Annual report of the Civil Veterinary Department, Bengal, for the year 1897-98 - 1897-1898
Year: 1897
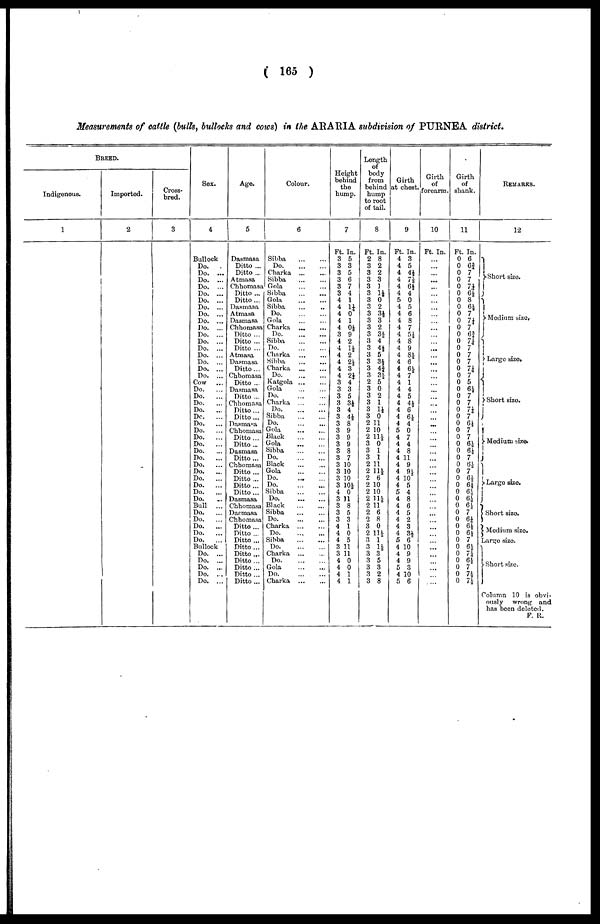
( 165 )
Measurements of cattle (bulls, bullocks and cows) in the ARARIA subdivision of PURNEA district.
BREED.
Indigenous.
1
Imported.
2
Cross-
bred.
3
Sex.
4
Bullock
Do. ...
Do. ...
Do. ...
Do. ...
Do. ...
Do. ...
Do. ...
Do. ...
Do. ...
Do. ...
Do. ...
Do. ...
Do. ...
Do. ...
Do. ...
Do. ...
Do. ...
Cow
Do.
...
Do.
...
Do.
Do.
...
Do.
...
Do.
...
Do.
...
Do.
...
Do.
...
Do.
Do.
...
Do.
...
Do.
...
Do.
...
Do.
...
Do.
...
Do.
..
Bull
...
Do.
...
Do.
...
Do.
...
Do.
...
Do.
...
Bullock
Do. ...
Do. ...
Do. ...
Do. ...
Do. ...
Ago.
5
Dasmasa
Ditto ...
Ditto ...
Atmasa
Chhomasa
Ditto ...
Ditto ...
Dasmasa
Atmasa
Dasmasa
Chhomasa
Ditto ...
Ditto ...
Ditto ...
Atmasa
Dasmasa
Ditto...
Chhomasa
Ditto ...
Dasmasa
Ditto ...
Chhomasa
Ditto...
Ditto ...
Dasmasa
Chhomasa
Ditto ...
Ditto ...
Dasmasa
Ditto ...
Chhomasa
Ditto ...
Ditto ...
Ditto ...
Ditto ...
Dasmasa
Chhomasa
Dasmasa
Chhomasa
Ditto ...
Ditto ...
Ditto ...
Ditto ...
Ditto ...
Ditto...
Ditto ...
Ditto ...
Ditto ...
Colour.
6
Sibba
...
...
Do.
...
...
Charka
...
...
Sibba
...
...
Gola
...
...
Sibba
Gola
...
...
Sibba
...
...
Do. ... ....
Gola
...
...
Charka
...
....
Do. ... ...
Sibba
Do
Charka ... ...
Sibba
Charka ... ...
Do.
Katgola
...
...
Gola
...
...
Do.
Charka
Do.
...
...
Sibba
Do.
Gola
...
...
Black
...
...
Cola
Sibba
Do
Black
Gola
...
...
Do.
Do
Sibba
Do
Black
Sibba
Do
Charka
Do
Sibba
Do
Charka ...
Do
Gola
...
...
Do
Charka
Height
behind
the
hump.
7
Ft. In.
3 5
3 3
3 5
3 6
3 7
3 4
4 1
4 1¼
4 0
4 1
4 0¼
3 9
4 2
4 1½
4 2
4 2½
4 3
4 2¼
3 4
3 3
3 5
3 3½
3 4
3
4½
3 8 I
3 9
3 9
3 9 |
3 8
3 7
3 10
3 10
3 10
3 10½
4 0
3 11
3 8
3 5
3 3
4 1 I
4 0
4 5
3 1 1
3 1 1
4 0
4 0
4 1
4 1
Length
of
body
from
behind
hump
to root
of tail.
8
Ft. In.
2 8
3 2
3 2
3 3
3 1
3 1½
3 0
3 2
3 3¼
3 3
3 2
3 3½
3 4
3 4½
3 5
3 3½
3 4}
3 3½
2 5
3 0
3 2
3 1
3 1½
3 0
2 11
2 10
2 114
3 0
3 1
3 1
2 11
2 114
2 6
2 10
2 10
2 11½
2 11
2 6
2 8
3 0
2 114
3 1
3 1½
3 3
3 5
3 3
3 2
3 8
Girth
at chest.
9
Ft. In.
4 3
4 5
4 44
4 7½
4 6½
4 4
5 0
4 5
4 6
4 8
4 7
4 5½
4 8
4 9
4 84
4 6
4 64
4 7
4 1
4 4
4 5
4 4½
4 6
4 64
4 4
5 0
4 7
4 4
4 8
4 11
4 9
4 9½
4 10
4 5
5 4
4 8
4 0
4 5
4 2
4 3
4 3½
5 6
4 10
4 9
4 9
5 3
4 10
5 6
Girth
of
forearm.
10
Ft. In.
...
...
... ...
...
...
...
...
...
...
...
...
...
...
...
...
...
...
...
...
...
...
...
...
...
...
...
...
...
...
...
...
...
...
...
...
...
...
...
...
...
...
...
...
...
...
...
...
Girth
of
shank.
11
Ft. In.
0 6
0 6¾
0 7
0 7
0 7¼
0 6¼
0 8
0 64
0 7
0 7¼
0 7
0 6¾
0 7¼
0 7
0 7
0 7
0 7¼
0 7
0 5
0 6½
0 7
0 7
0 7¼
0 7
0 6¼
0 7
0 7
0 6½
0 6½
0 7
0 6½
0 7
0 6½
0 64
0 6½
0 6½
0 6½
0 7
0 6¼
0 64
0 64
0 7
0 6½
0 7¼
0 6½
0 7
0 74
0 7½
REMARKS.
12
1
Short size.
Medium size,
Large size.
Short size.
Medium size.
Large size.
Short size.
Medium size.
Large size.
Short size.
Column 10 is obvi-
ously
wrong and
has boon delated.
F. R.